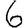
Digit: 6